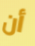
أن